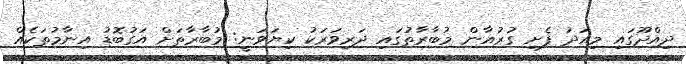
ދިއްދޫގައި މިއަދު ފެށި ގުރުއާން މުބާރާތުގައި ދަރިވަރަކު ކިޔަވަނީ: މުބާރާތަށް އަގުބޮޑު އިނާމުތަކެއް